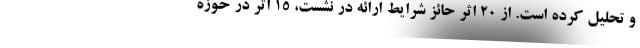
و تحلیل کرده است. از ۲۰ اثر حائز شرایط ارائه در نشست، ۱۵ اثر در حوزه